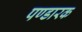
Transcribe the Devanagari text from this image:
पण्डारक